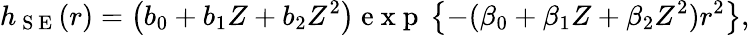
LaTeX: h_{\mathrm{~S~E~}}(r)=\left(b_{0}+b_{1}Z+b_{2}Z^{2}\right)\mathrm{~e~x~p~}\left\{ -(\beta_{0}+\beta_{1}Z+\beta_{2}Z^{2})r^{2}\right\} ,